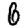
Digit: 6